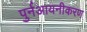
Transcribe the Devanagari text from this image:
पुर्नआयनीकरण